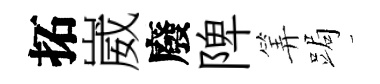
拓崴廢陴筭跼